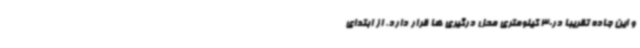
و این جاده تقریبا در30 کیلومتری محل درگیری ها قرار دارد. از ابتدای